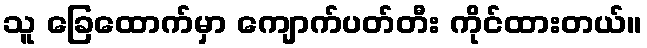
သူ ခြေထောက်မှာ ကျောက်ပတ်တီး ကိုင်ထားတယ်။